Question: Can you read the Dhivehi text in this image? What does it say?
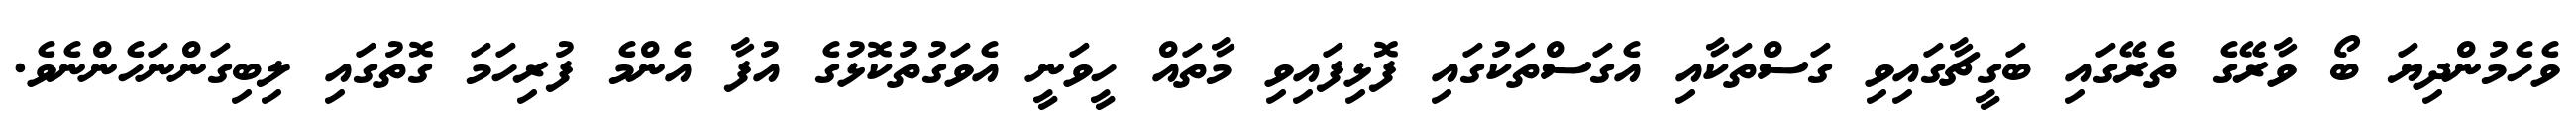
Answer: ވެހެމުންދިޔަ ބޯ ވާރޭގެ ތެރޭގައި ބަގީޗާގައިވި ގަސްތަކާއި އެގަސްތަކުގައި ފޮޅިފައިވި މާތައް ހީވަނީ އެވަގުތުކޮޅުގެ އުފާ އެންމެ ފުރިހަމަ ގޮތުގައި ލިބިގަންނަހެންނެވެ.